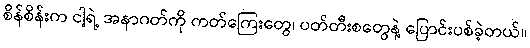
စိန်စိန်းက ငါ့ရဲ့ အနာဂတ်ကို ကတ်ကြေးတွေ၊ ပတ်တီးစတွေနဲ့ ပြောင်းပစ်ခဲ့တယ်။